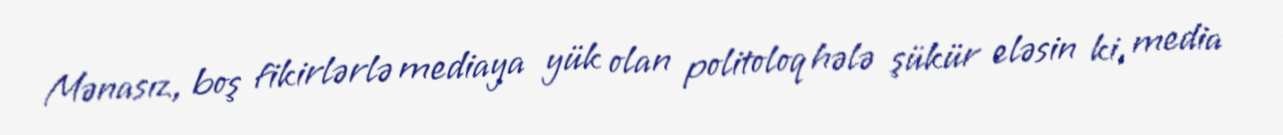
Mənasız, boş fikirlərlə mediaya yük olan politoloq hələ şükür eləsin ki, media